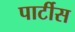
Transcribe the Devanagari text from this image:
पार्टीस